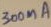
Text: 300mA